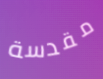
مقدسة